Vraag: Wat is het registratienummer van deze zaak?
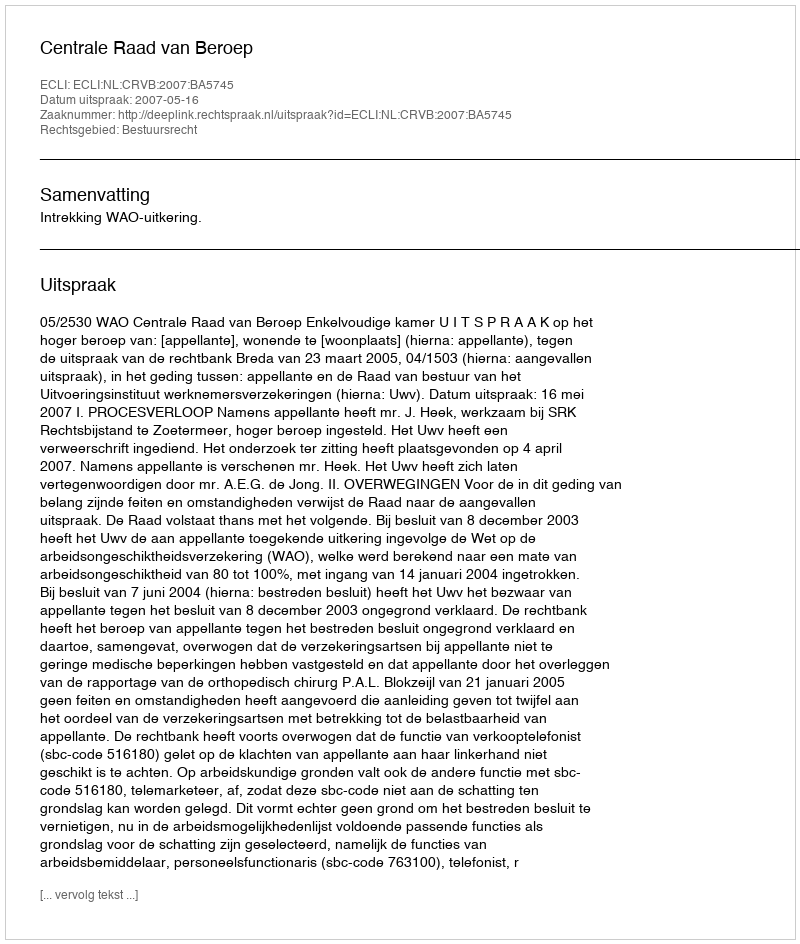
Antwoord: http://deeplink.rechtspraak.nl/uitspraak?id=ECLI:NL:CRVB:2007:BA5745